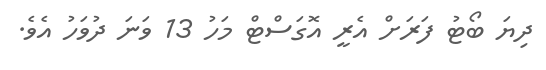
ދިޔަ ބޯޓު ފަރަށް އެރީ އޮގަސްޓް މަހު 13 ވަނަ ދުވަހު އެވެ.